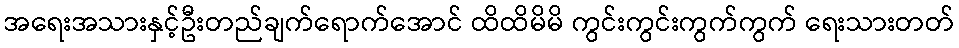
အရေးအသားနှင့်ဦးတည်ချက်ရောက်အောင် ထိထိမိမိ ကွင်းကွင်းကွက်ကွက် ရေးသားတတ်